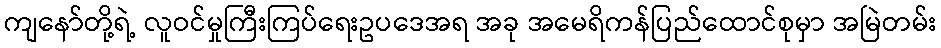
ကျနော်တို့ရဲ့ လူဝင်မှုကြီးကြပ်ရေးဥပဒေအရ အခု အမေရိကန်ပြည်ထောင်စုမှာ အမြဲတမ်း